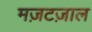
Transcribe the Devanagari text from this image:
मज़टज़ाल